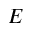
E